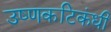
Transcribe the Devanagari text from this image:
उष्णकटिकंधी